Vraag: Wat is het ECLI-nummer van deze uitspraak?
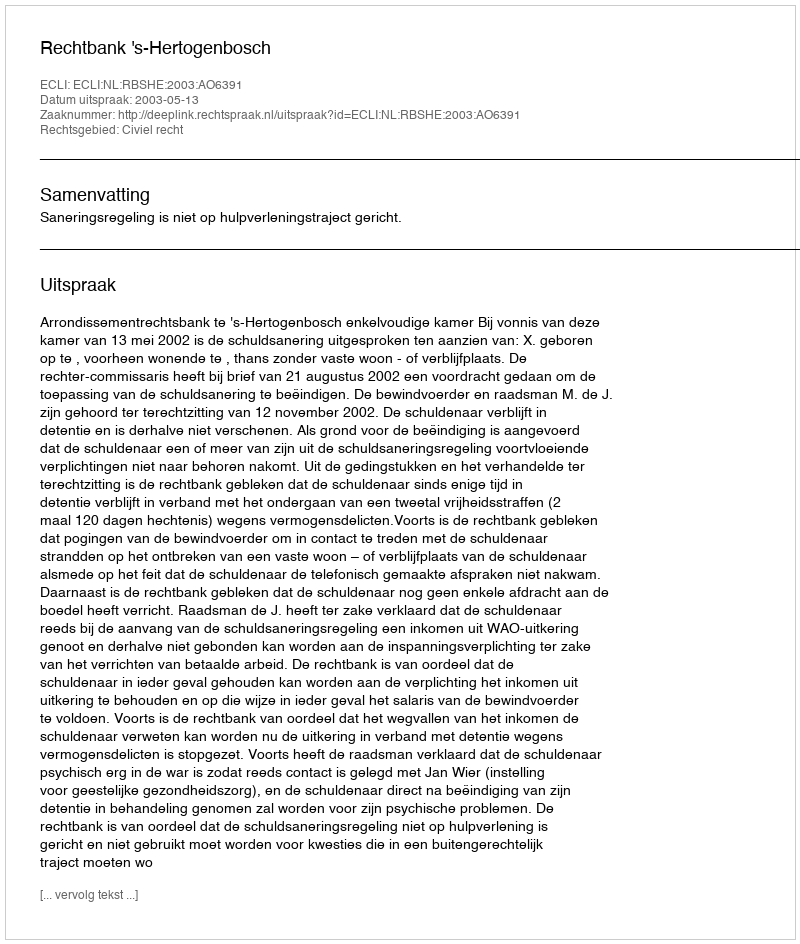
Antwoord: ECLI:NL:RBSHE:2003:AO6391